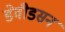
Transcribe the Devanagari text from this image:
डेवीडसन